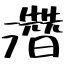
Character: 濳